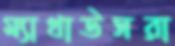
ম্যাথাউসরা